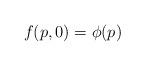
LaTeX: \begin{align*}f (p, 0) = \phi (p) \end{align*}